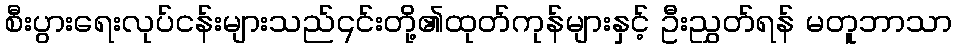
စီးပွားရေးလုပ်ငန်းများသည်၎င်းတို့၏ထုတ်ကုန်များနှင့် ဦးညွှတ်ရန် မတူဘာသာ